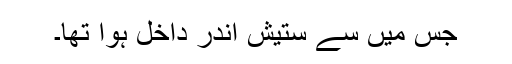
جس میں سے ستیش اندر داخل ہوا تھا۔